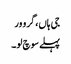
جی ہاں، گرو ور
پہلے سوچ لو۔